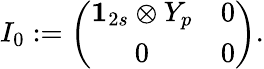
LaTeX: I_{0}:=\left(\begin{array}{cc}{{{\mathbf 1}_{2s}\otimes Y_{p}}}&{{0}}\\ {{0}}&{{0}}\end{array}\right).